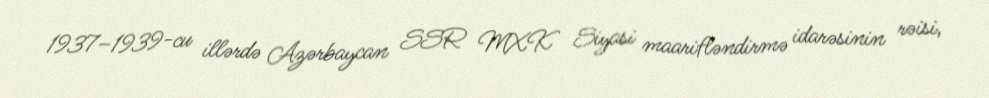
1937–1939-cu illərdə Azərbaycan SSR MXK Siyasi maarifləndirmə idarəsinin rəisi,